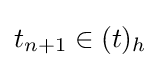
t_{n+1}\in (t)_{h}